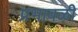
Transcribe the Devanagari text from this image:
प्रभावळी